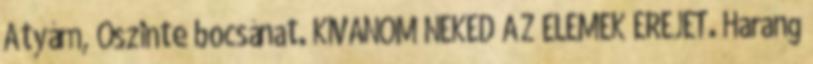
Atyám, Őszinte bocsánat. KÍVÁNOM NEKED AZ ELEMEK EREJÉT. Harang